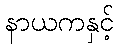
နာယကနှင့်